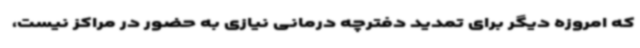
که امروزه دیگر برای تمدید دفترچه درمانی نیازی به حضور در مراکز نیست،